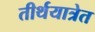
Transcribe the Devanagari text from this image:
तीर्थयात्रेत